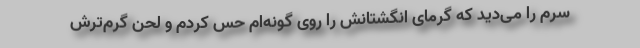
سرم را می‌دید که گرمای انگشتانش را روی گونه‌ام حس کردم و لحن گرم‌ترش